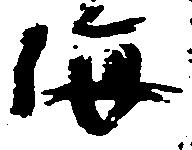
海